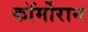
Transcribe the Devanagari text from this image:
कॉर्मोरान